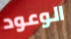
الوعود